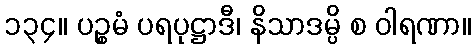
၁၃၄။ ပဉ္စမံ ပရပုဋ္ဌာဒီ၊ နိသာဒမ္ပိ စ ဝါရဏာ။